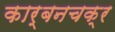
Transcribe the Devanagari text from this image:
कार्बनचक्र